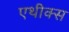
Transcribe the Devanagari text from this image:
एथीक्स